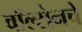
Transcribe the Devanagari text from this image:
वॉल्सेनचे